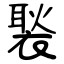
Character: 褧